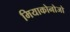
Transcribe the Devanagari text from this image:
मियाकोनोजो